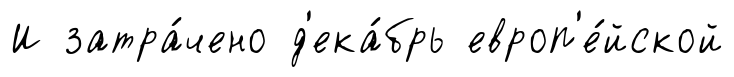
И затра́чено д'ека́брь европ'е́йской